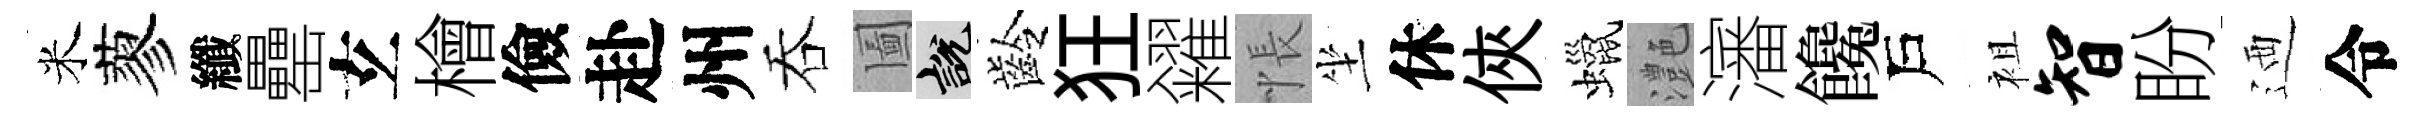
米蓼纖罍𤣥檜儉赴州吞圗説齡狂糴悵坐休俠蠟灔瀋饞戶袓智盼迺令